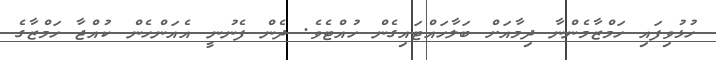
ހުޅުވިފައި ހަމްޒާމެންނާ ދިމާއަށް ބަލާހައްޓައިގެން ހުއްޓެވެ. ދެން ފެނުނީ އެއަންހެން ކުއްޖާ ހަމްޒާގެ